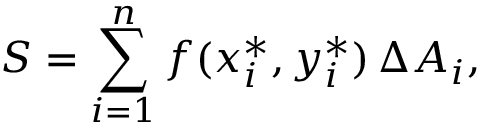
S = \sum _ { i = 1 } ^ { n } f ( x _ { i } ^ { * } , y _ { i } ^ { * } ) \, \Delta A _ { i } ,